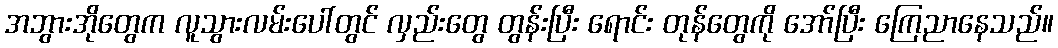
အဘွားအိုတွေက လူသွားလမ်းပေါ်တွင် လှည်းတွေ တွန်းပြီး ရောင်း တုန်တွေကို အော်ပြီး ကြေညာနေသည်။